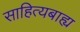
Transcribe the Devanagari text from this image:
साहित्यबाह्य